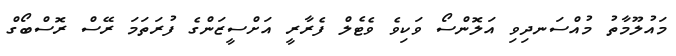
މައުލޫމާތު މުއްސަނދިވި އަލޮންސޯ ވަކިވެ ވެޓެލް ފެރާރީ އަށްސީޒަންގެ ފުރަތަމަ ރޭސް ރޮސްބޯގް